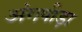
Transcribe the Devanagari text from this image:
अंगपीड़ा